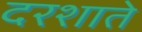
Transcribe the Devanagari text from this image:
दरशाते